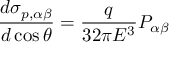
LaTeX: \frac { d \sigma _ { p , \alpha \beta } } { d \cos \theta } = \frac { q } { 3 2 \pi E ^ { 3 } } P _ { \alpha \beta }